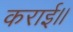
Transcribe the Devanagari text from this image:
कराई।।